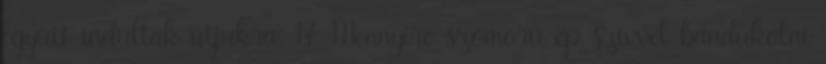
együtt indultak útjukra. 17 Mennyire szomorú ép szívvel bandukolni